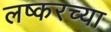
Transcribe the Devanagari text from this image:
लष्करच्या